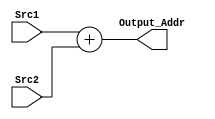
module Adder(
    output [31:0]Output_Addr,
    input [31:0]Src1,
    input [31:0]Src2
);
assign Output_Addr = Src1 + Src2;
endmodule